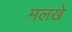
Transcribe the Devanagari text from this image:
मलखे